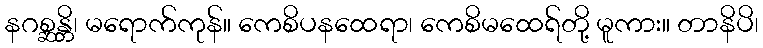
နဂစ္ဆန္တိ၊ မရောက်ကုန်။ ကေစိပနထေရာ၊ ကေစိမထေရ်တို့ မူကား။ တာနိပိ၊